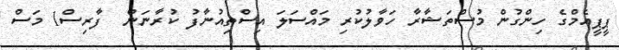
ޕީޕީއެމްގެ ހިންގުން މުސްތަޝާރާ ހަވާލުކުރި މައްސަލަ އިސްތިއުނާފު ކުރާނަން  ފާރިސް1 މަސް